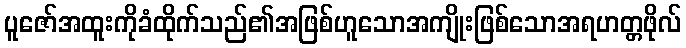
ပူဇော်အထူးကိုခံထိုက်သည်၏အဖြစ်ဟူသောအကျိုးဖြစ်သောအရဟတ္တဖိုလ်